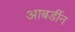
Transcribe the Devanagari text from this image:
आबर्डीन